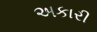
અકારી